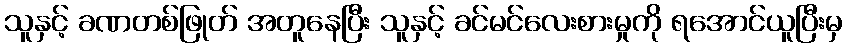
သူနှင့် ခဏတစ်ဖြုတ် အတူနေပြီး သူနှင့် ခင်မင်လေးစားမှုကို ရအောင်ယူပြီးမှ